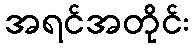
အရင်အတိုင်း